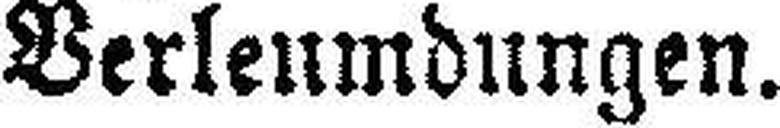
Verleumdungen.